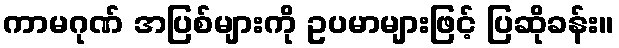
ကာမဂုဏ် အပြစ်များကို ဥပမာများဖြင့် ပြဆိုခန်း။